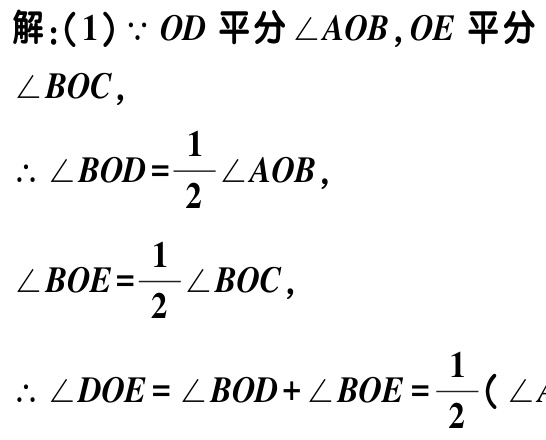
解：(1) $\because OD$ 平分 $\angle AOB,OE$ 平分 $\angle BOC,$

$\therefore \angle BOD=\frac{1}{2}\angle AOB,$

$\angle BOE=\frac{1}{2}\angle BOC,$

$\therefore \angle DOE=\angle BOD + \angle BOE=\frac{1}{2}(\angle$